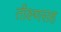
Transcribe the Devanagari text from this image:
तीक्ष्णसह